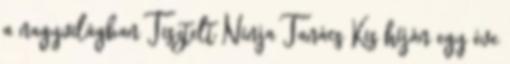
a nagyvilágban Tisztelt Ninja Tanács Kis híján egy éve